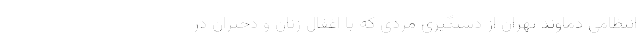
انتظامی دماوند تهران از دستگیری مردی که با اغفال زنان و دختران در